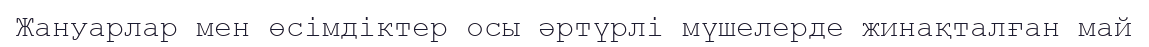
Жануарлар мен өсімдіктер осы әртүрлі мүшелерде жинақталған май